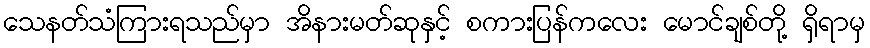
သေနတ်သံကြားရသည်မှာ အိနားမတ်ဆုနှင့် စကားပြန်ကလေး မောင်ချစ်တို့ ရှိရာမှ